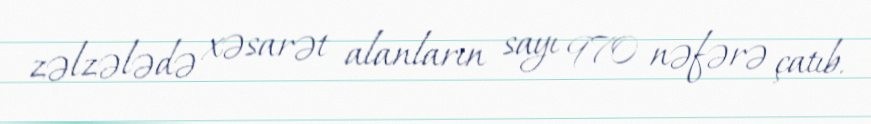
zəlzələdə xəsarət alanların sayı 970 nəfərə çatıb.